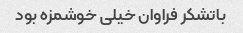
باتشکر فراوان خیلی خوشمزه بود